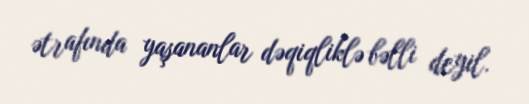
ətrafında yaşananlar dəqiqliklə bəlli deyil.